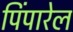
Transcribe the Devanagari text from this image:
पिंपारेल